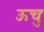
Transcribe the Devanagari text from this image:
ऊचुः